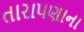
તારાપણાના